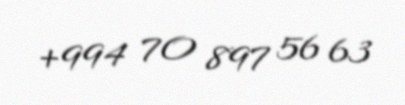
+994 70 897 56 63